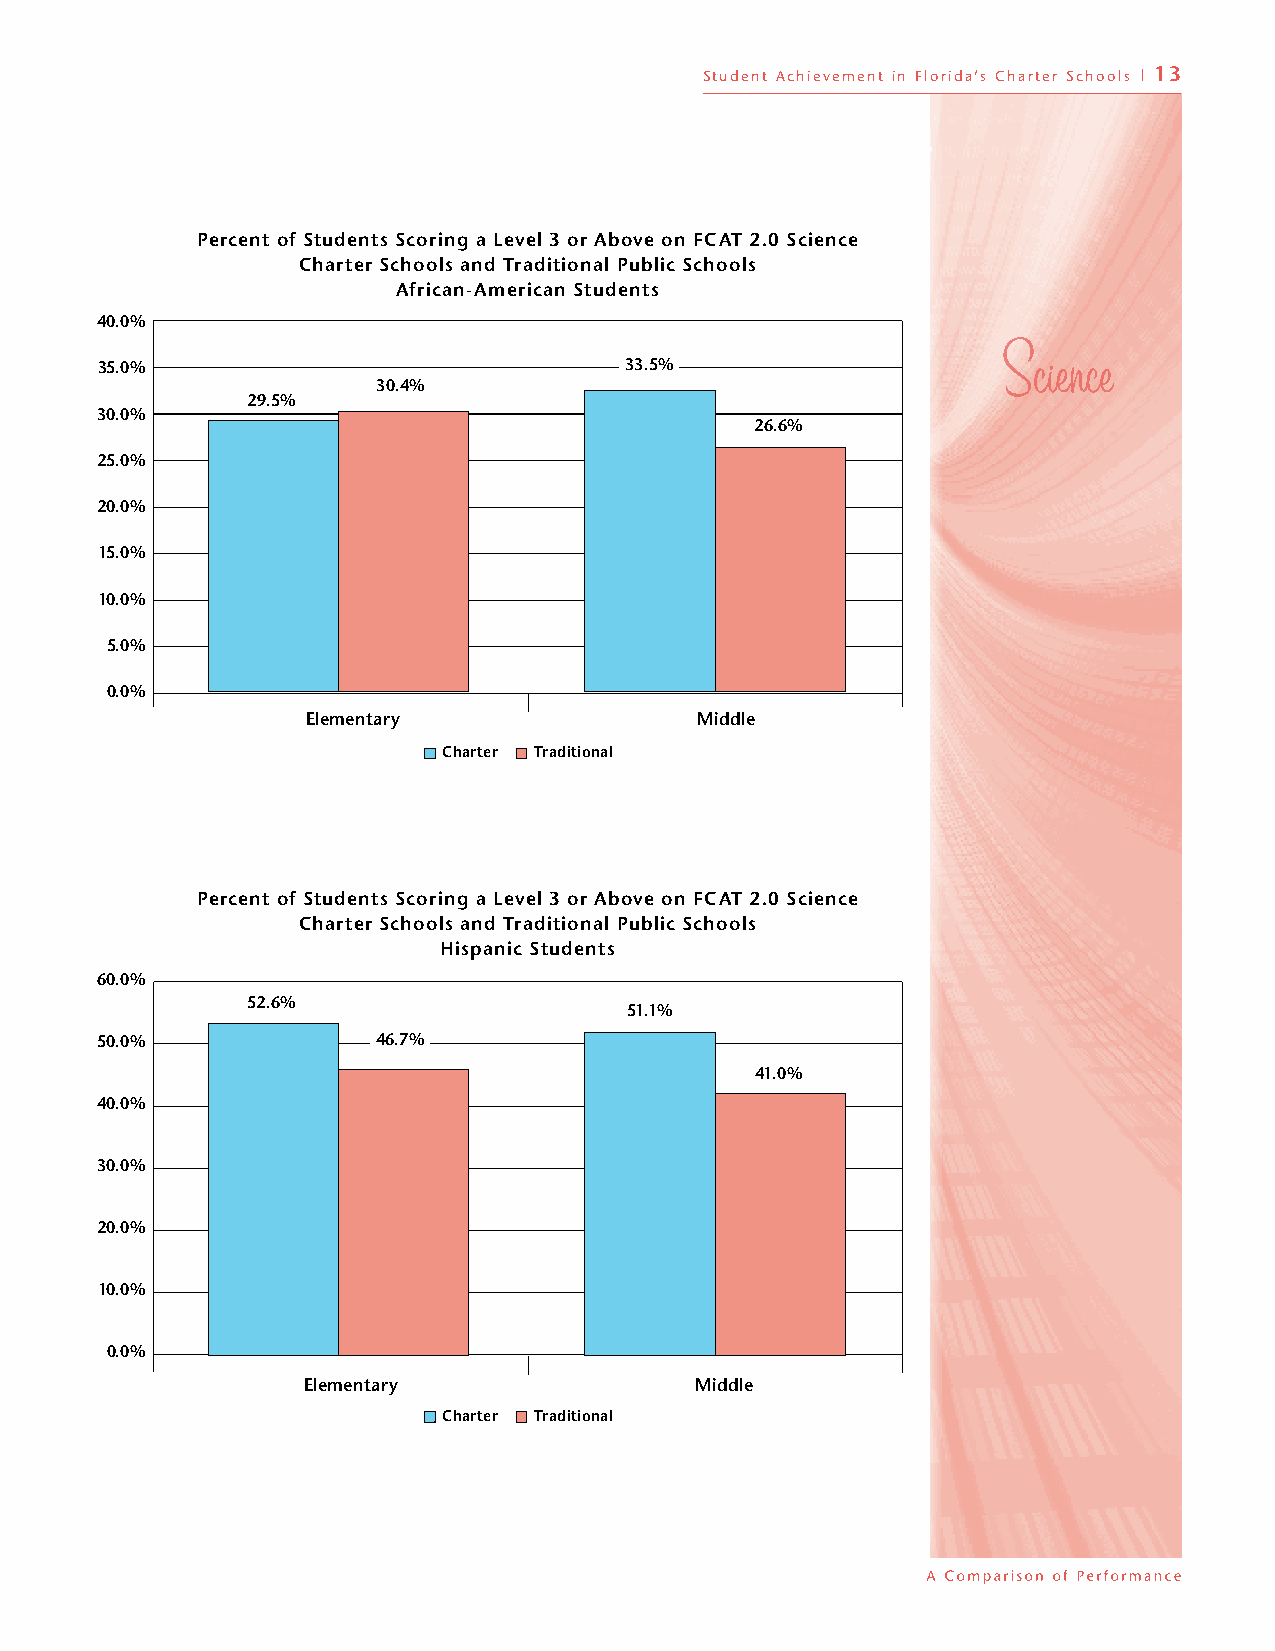
Student Achievement in Florida’s Charter Schools | 13
 Percent of Students Scoring a Level 3 or Above on FCAT 2.0 Science
 Charter Schools and Traditional Public Schools
 African-American Students
 40.0%
 35.0%                              33.5%
 30.4%
 29.5%
 30.0%
 26.6%
 25.0%
 20.0%
 15.0%
 10.0%
 5.0%
 0.0%
 Elementary                Middle
 Charter Traditional
 Percent of Students Scoring a Level 3 or Above on FCAT 2.0 Science
 Charter Schools and Traditional Public Schools
 Hispanic Students
 60.0%
 52.6%
 51.1%
 50.0%              46.7%
 41.0%
 40.0%
 30.0%
 20.0%
 10.0%
 0.0%
 Elementary                Middle
 Charter Traditional